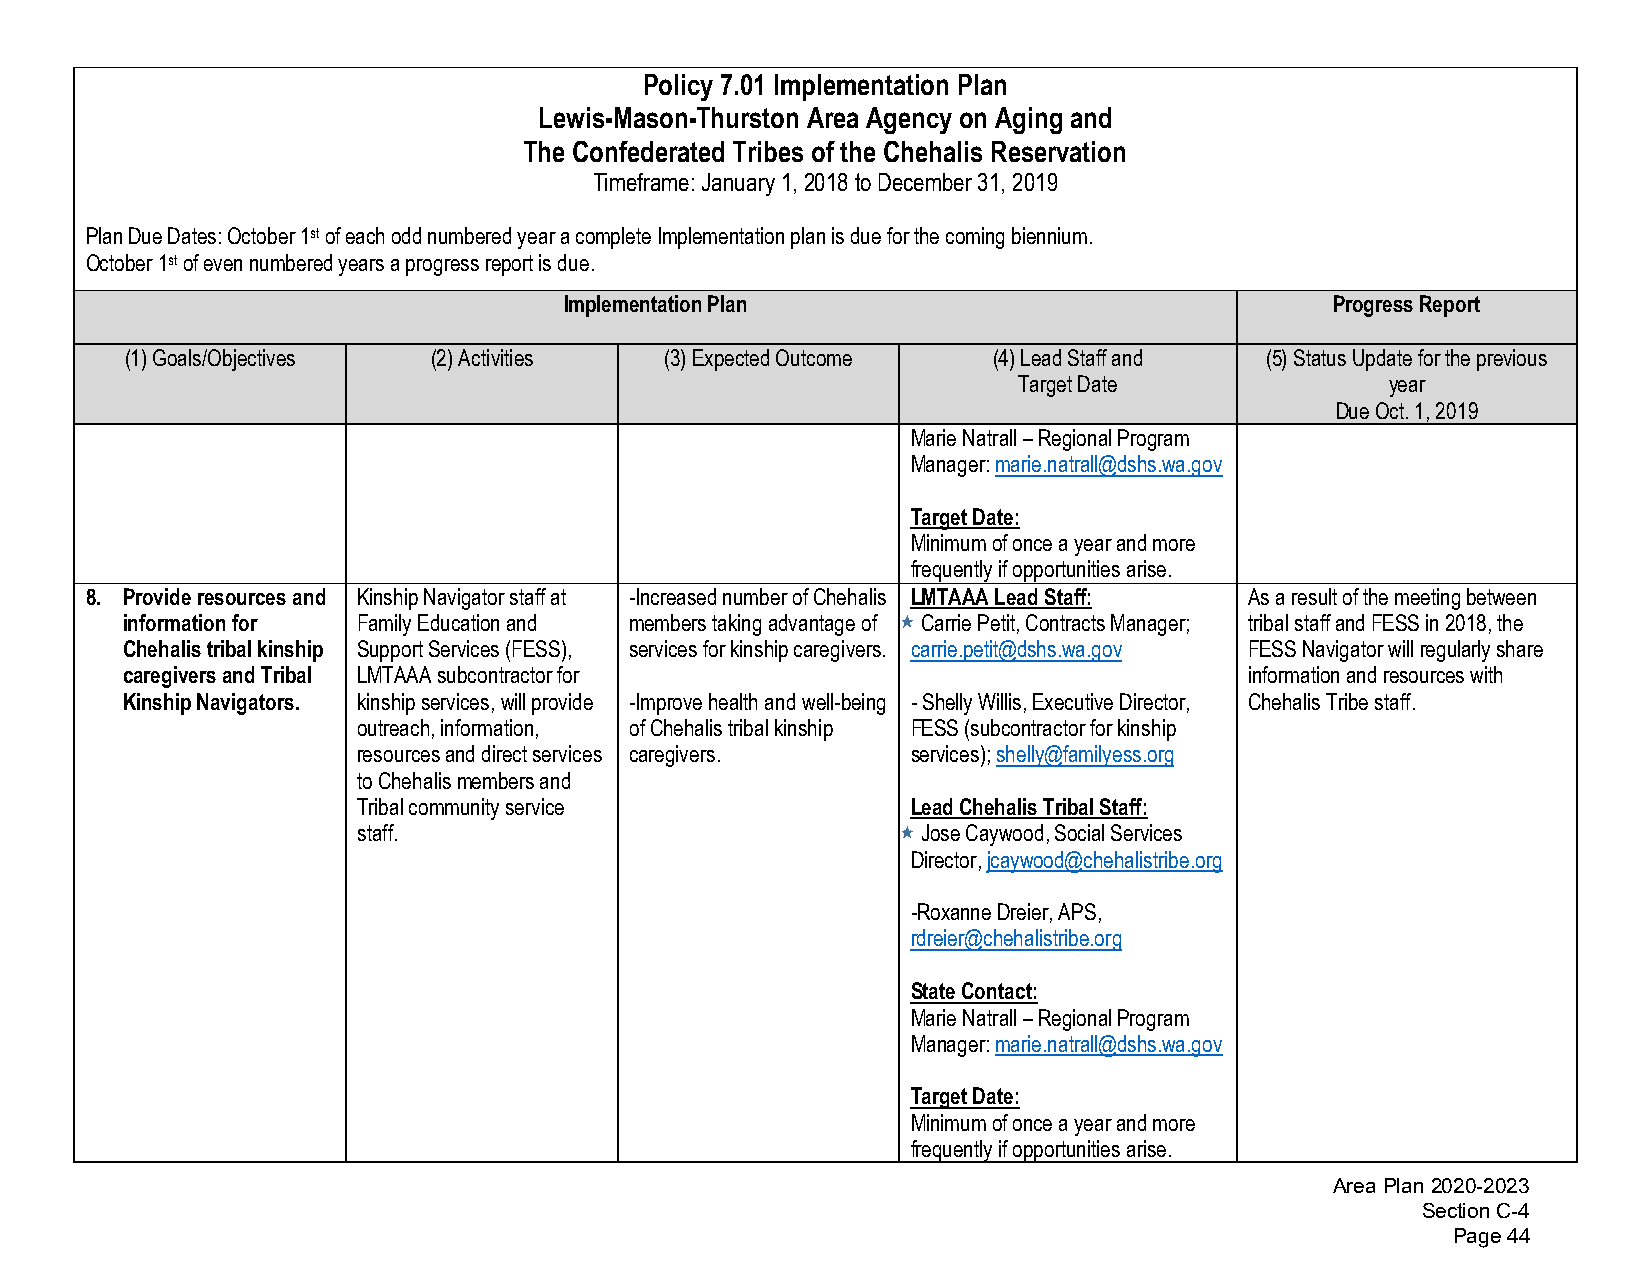
Policy 7.01 Implementation Plan
 Lewis-Mason-Thurston Area Agency on Aging and
 The Confederated Tribes of the Chehalis Reservation
 Timeframe: January 1, 2018 to December 31, 2019
 Plan Due Dates: October 1st of each odd numbered year a complete Implementation plan is due for the coming biennium.
 October 1st of even numbered years a progress report is due.
 Implementation Plan                                Progress Report
 (1)Goals/Objectives  (2)Activities  (3)Expected Outcome   (4)Lead Staff and (5)Status Update for the previous
 Target Date              year
 Due Oct. 1, 2019
 Marie Natrall – Regional Program
 Manager: marie.natrall@dshs.wa.gov
 Target Date:
 Minimum of once a year and more
 frequently if opportunities arise.
 8. Provide resources and Kinship Navigator staff at -Increased number of Chehalis LMTAAA Lead Staff: As a result of the meeting between
 information for Family Education and members taking advantage of Carrie Petit, Contracts Manager; tribal staff and FESS in 2018, the
 Chehalis tribal kinship Support Services (FESS), services for kinship caregivers. carrie.petit@dshs.wa.gov FESS Navigator will regularly share
 caregivers and Tribal LMTAAA subcontractor for                             information and resources with
 Kinship Navigators. kinship services, will provide -Improve health and well-being -Shelly Willis, Executive Director, Chehalis Tribe staff.
 outreach, information, of Chehalis tribal kinship FESS (subcontractor for kinship
 resources and direct services caregivers. services); shelly@familyess.org
 to Chehalis members and
 Tribal community service            Lead Chehalis Tribal Staff:
 staff.                               Jose Caywood, Social Services
 Director, jcaywood@chehalistribe.org
 -Roxanne Dreier, APS,
 rdreier@chehalistribe.org
 State Contact:
 Marie Natrall – Regional Program
 Manager: marie.natrall@dshs.wa.gov
 Target Date:
 Minimum of once a year and more
 frequently if opportunities arise.
 Area Plan 2020-2023
 Section C-4
 Page 44